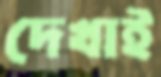
দেখাই